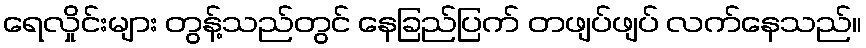
ရေလှိုင်းများ တွန့်သည်တွင် နေခြည်ပြက် တဖျပ်ဖျပ် လက်နေသည်။